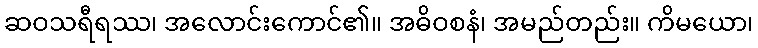
ဆဝသရီရဿ၊ အလောင်းကောင်၏။ အဓိဝစနံ၊ အမည်တည်း။ ကိမယော၊